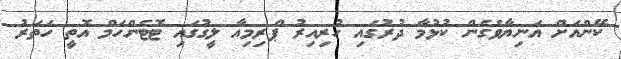
ކޭންއަށް އަނިޔާވެގެން ކުޅުމާ ދުރުގައި ހުރިއިރު ޕްރިމިއާ ލީގުގައި ޓޮޓެންހަމް އޮތީ ހަތަރު